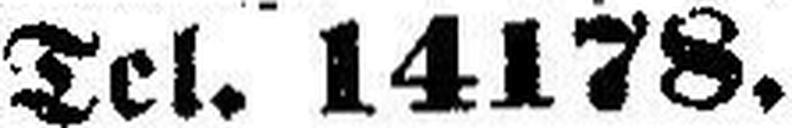
Tel. 14178.